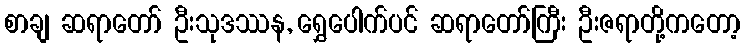
စာချ ဆရာတော် ဦးသုဒဿန, ရွှေပေါက်ပင် ဆရာတော်ကြီး ဦးဇရာတို့ကတော့